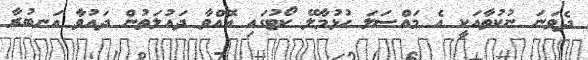
ދެވަނަ ނުކުތާއަކީ އެ މައްސަލަ ހުޅުމާލޭ ކޯޓުގައި އޮއްވާ ދައުލަތުން ދައުވާ އަނބުރާ